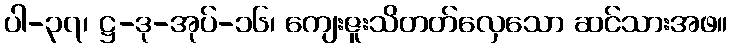
ပါ-၃၇၊ ဋ္ဌ-ဒု-အုပ်-၁၆၊ ကျေးဇူးသိတတ်လှေသော ဆင်သားအဖ။